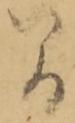
間